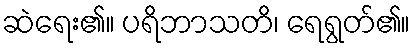
ဆဲရေး၏။ ပရိဘာသတိ၊ ရေရွတ်၏။